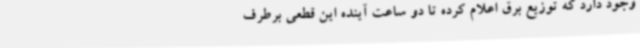
وجود دارد که توزیع برق اعلام کرده تا دو ساعت آینده این قطعی برطرف